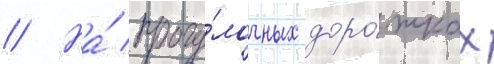
// На́ прогу́лочных доро́жках